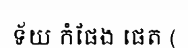
ទ័យ កំផែង ផេត (